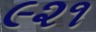
૯૨૧